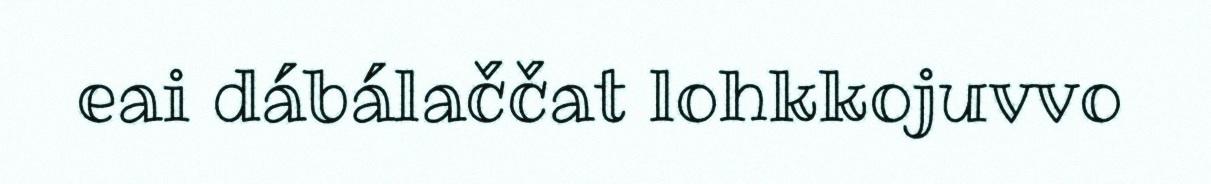
eai dábálaččat lohkkojuvvo